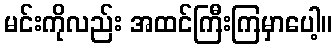
မင်းကိုလည်း အထင်ကြီးကြမှာပေါ့။